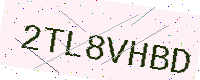
Text: 2TL8VHBD